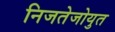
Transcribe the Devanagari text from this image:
निजतेजोयुत